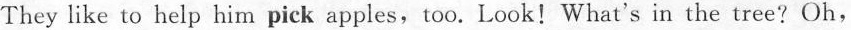
They like to help him pick apples, too. Look!What's in the tree?Oh,